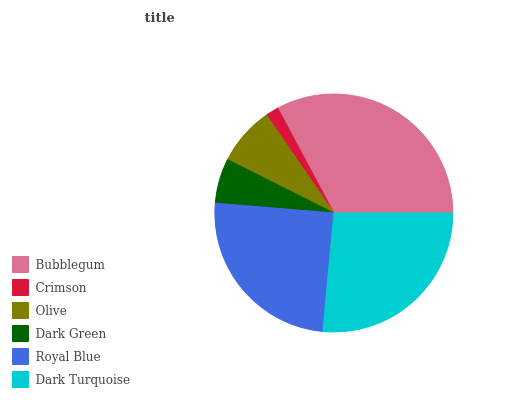
| Bubblegum | Crimson | Olive | Dark Green | Royal Blue | Dark Turquoise |
 | --- | --- | --- | --- | --- | --- |
 | 32.8% | 1.78% | 8.01% | 6.1% | 24.8% | 26.4% |